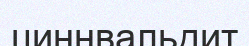
циннвальдит